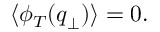
\langle \phi _ { T } ( { \boldsymbol { q } } _ { \perp } ) \rangle = 0 .